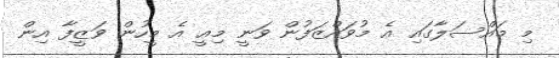
މި މައްސަލާގައި އެ މުވައްޒަފުން ވަނީ މިއީ އެ މީހުން ވަޒީީފާ އިން